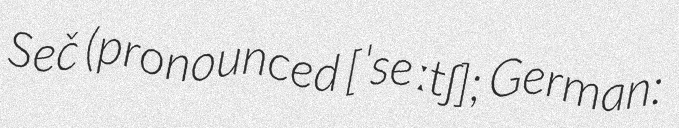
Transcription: Seč (pronounced [ˈseːtʃ]; German: